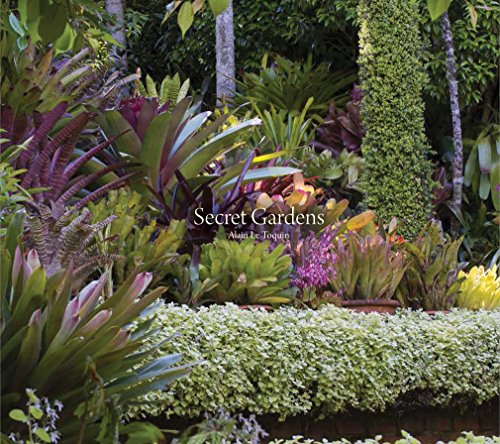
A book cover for Secret Gardens; Alain Le Toquin; Crafts, Hobbies & Home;